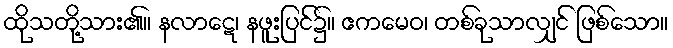
ထိုသတို့သား၏။ နလာဋေ၊ နဖူးပြင်၌။ ဧကမေဝ၊ တစ်ခုသာလျှင် ဖြစ်သော။